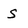
Character: S